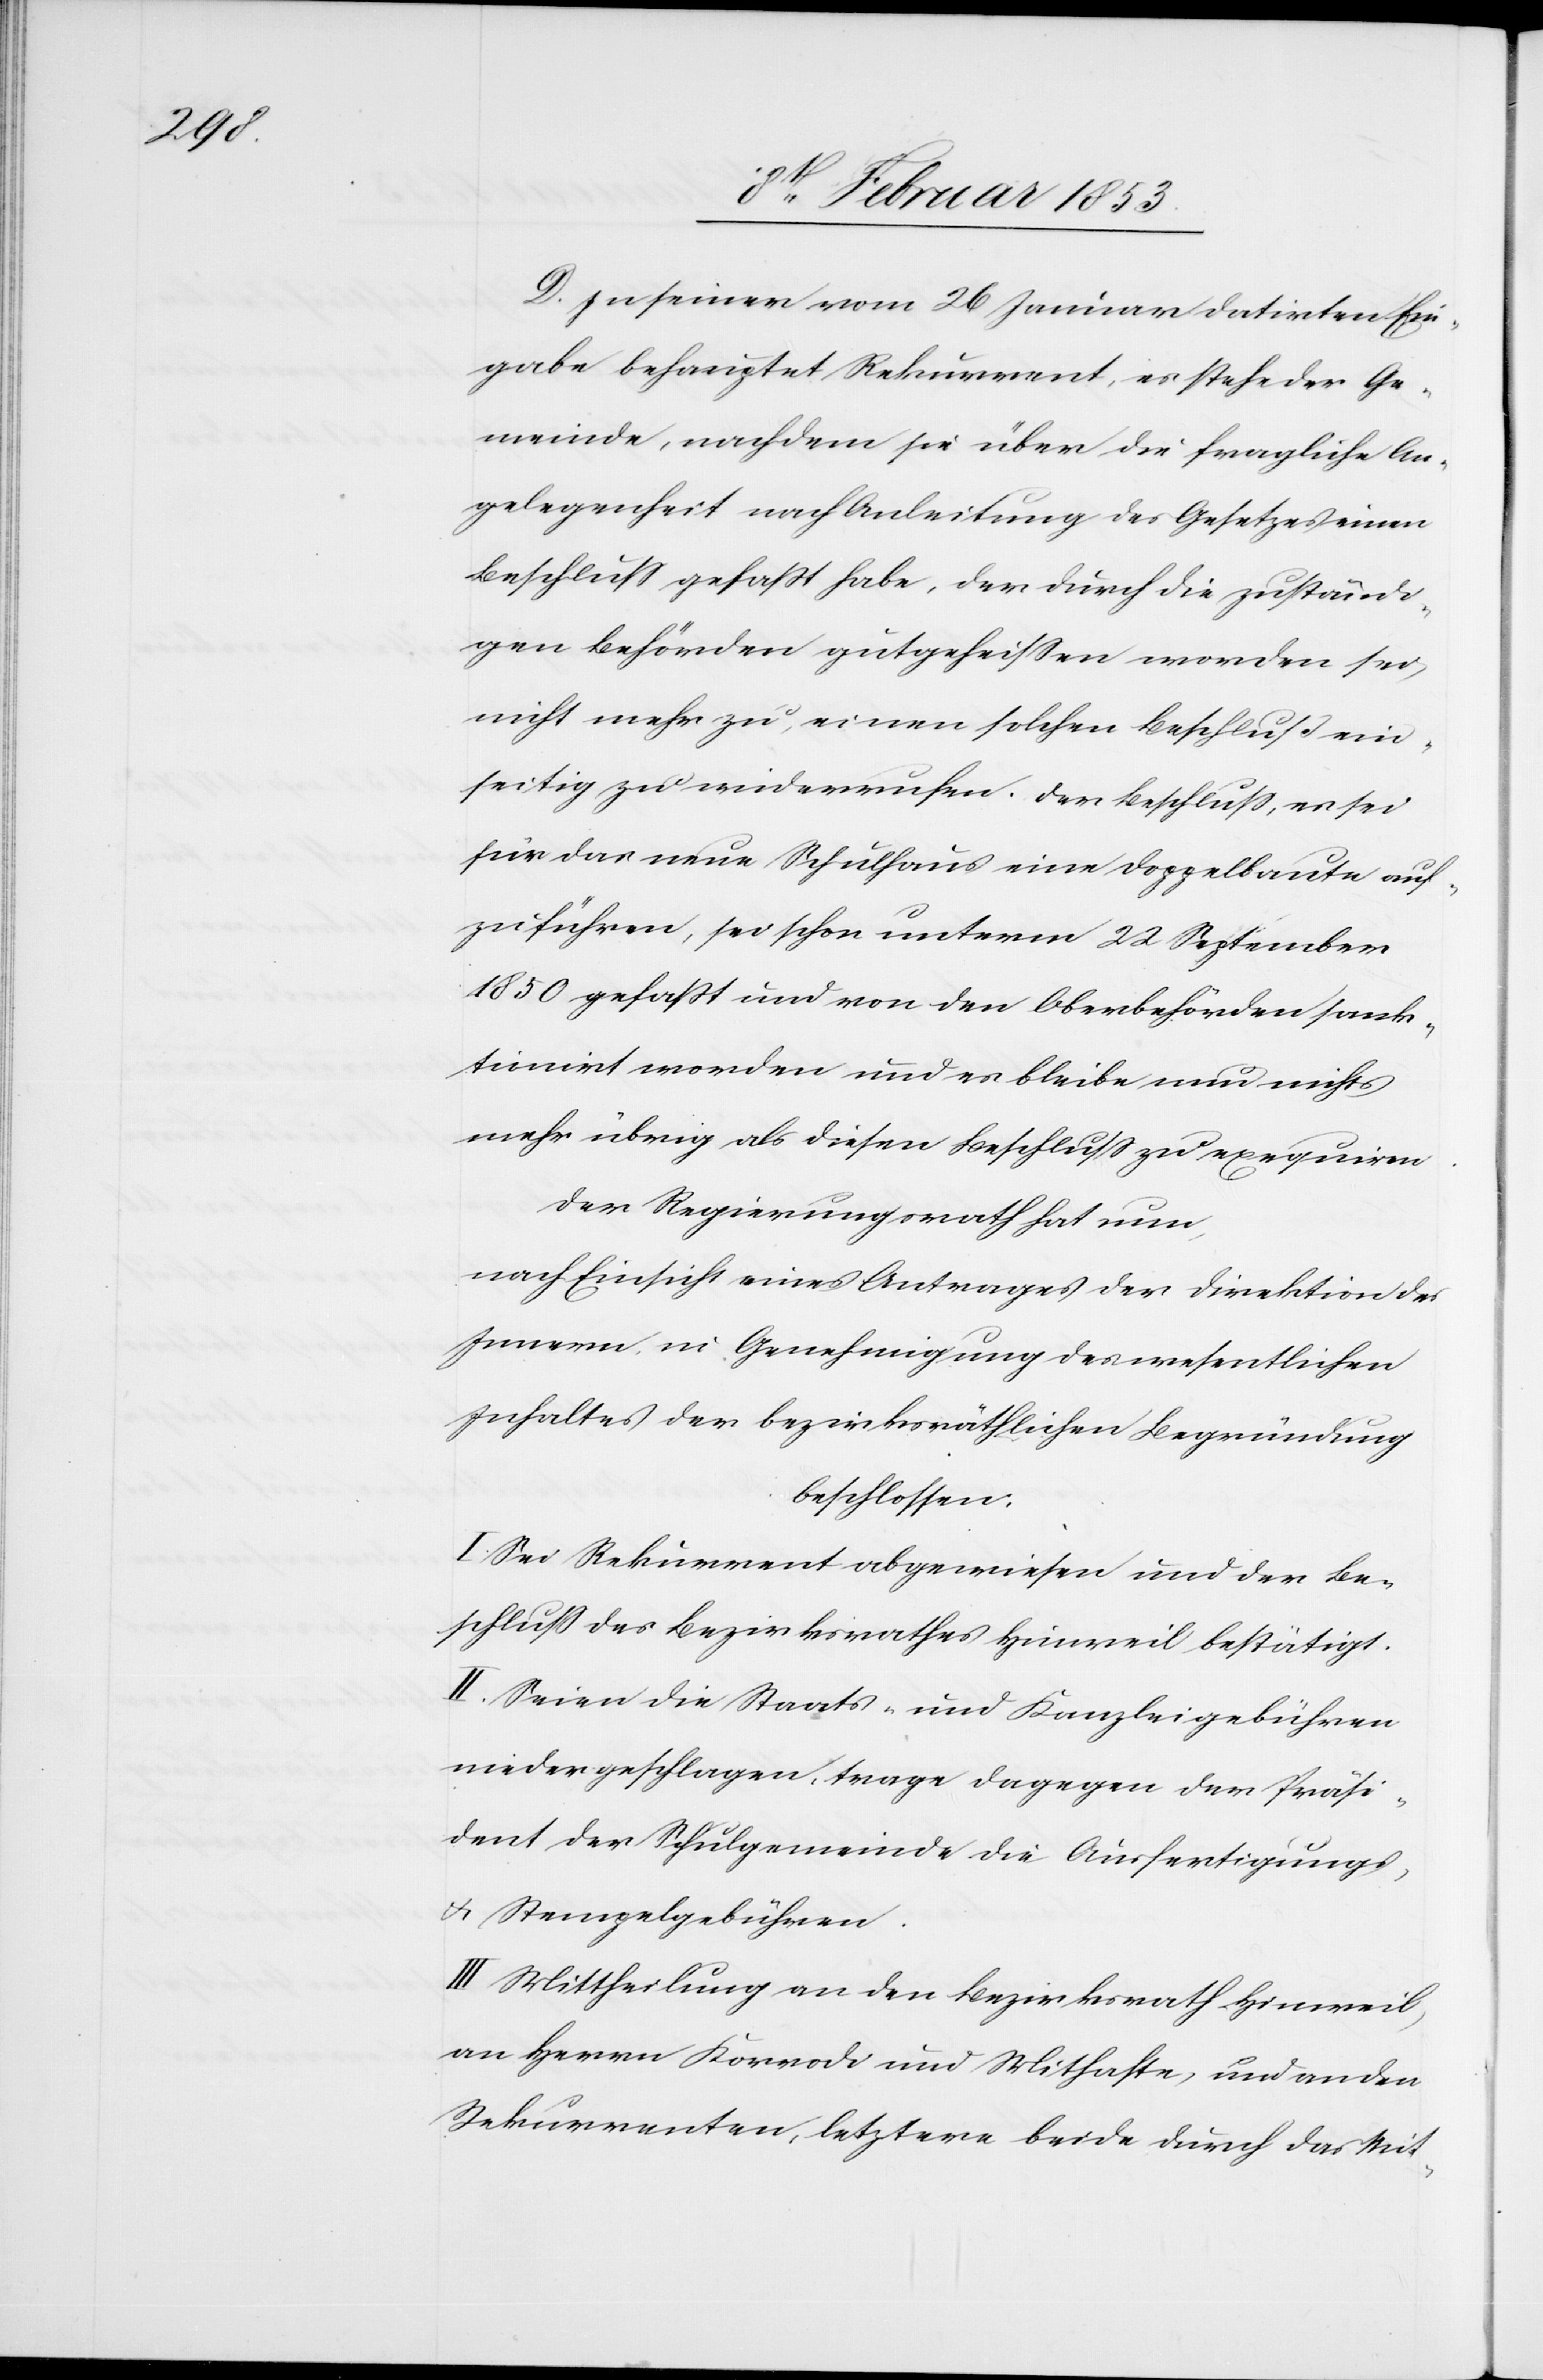
D. In seiner vom 26 Januar datirten Ein¬
gabe behauptet Rekurrent, es stehe der Ge¬
meinde, nachdem sie über die fragliche An¬
gelegenheit nach Anleitung des Gesetzes einen
Beschluß gefaßt habe, der durch die zuständi¬
gen Behörden gutgeheißen worden sei,
nicht mehr zu, einen solchen Beschluß ein¬
seitig zu widerrufen. Der Beschluß, es sei
für das neue Schulhaus eine Doppelbaute auf¬
zuführen, sei schon unterm 22 September
1850 gefaßt und von der Oberbehörden sank¬
tionirt worden und es bleibe nun nichts
mehr übrig als diesen Beschluß zu exequiren
Der Regierungsrath hat nun,
nach Einsicht eines Antrages der Direktion des
Innern, in Genehmigung des wesentlichen
Inhaltes der bezirksräthlichen Begründung
beschlossen:
I. Sei der Rekurrent abgewiesen und der Be¬
schluß des Bezirksrathes Hinweil bestätigt.
II. Seien die Staats- und Kanzleigebühren
niedergeschlagen, trage dagegen der Präsi¬
dent der Schulgemeinde die Ausfertigungs-
u. Stempelgebühren.
III. Mittheilung an den Bezirksrath Hinweil,
an Herrn Korrodi und Mithafte, und an den
Rekurrenten, letztere beide durch das Mit-